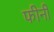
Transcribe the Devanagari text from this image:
फीनी